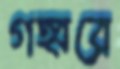
গহ্বরে